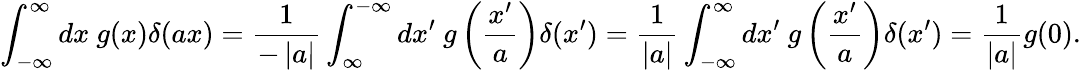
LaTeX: \int_{-\infty}^{\infty}dx\ g(x)\delta(ax)={\frac{1}{-\left\vert a\right\vert}}\int_{\infty}^{-\infty}dx^{\prime}\ g\left({\frac{x^{\prime}}{a}}\right)\delta(x^{\prime})={\frac{1}{\left\vert a\right\vert}}\int_{-\infty}^{\infty}dx^{\prime}\ g\left({\frac{x^{\prime}}{a}}\right)\delta(x^{\prime})={\frac{1}{\left\vert a\right\vert}}g(0).